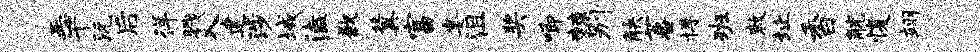
恶千沅后徉戮入建涉域溘歉冀富宴沮奖唧棘别觖蕃博班敕址香觥愎翊